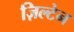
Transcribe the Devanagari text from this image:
ज़िल्टेन